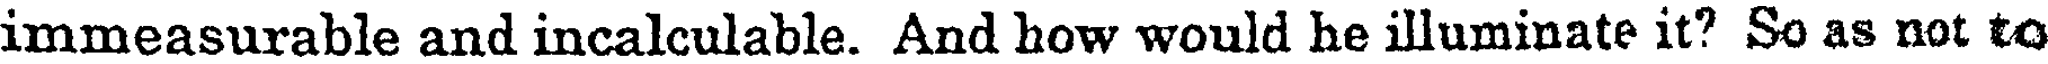
immeasurable and incalculable. And how would he illuminate it? So as not to